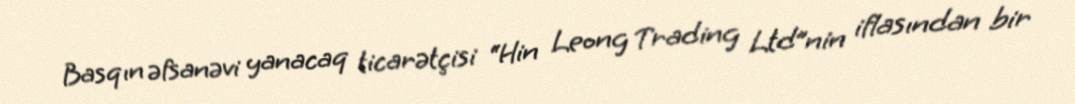
Basqın əfsanəvi yanacaq ticarətçisi “Hin Leong Trading Ltd”nin iflasından bir